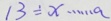
1 3 \div x \cdots a